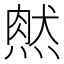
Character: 𤌔